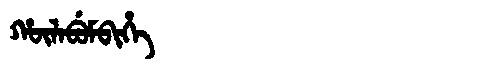
Manchu: ᡥᡡᠯᠠᠪᡠᠮᠪᡳᡥᡝ
Romanization: HŪLABUMBIHE